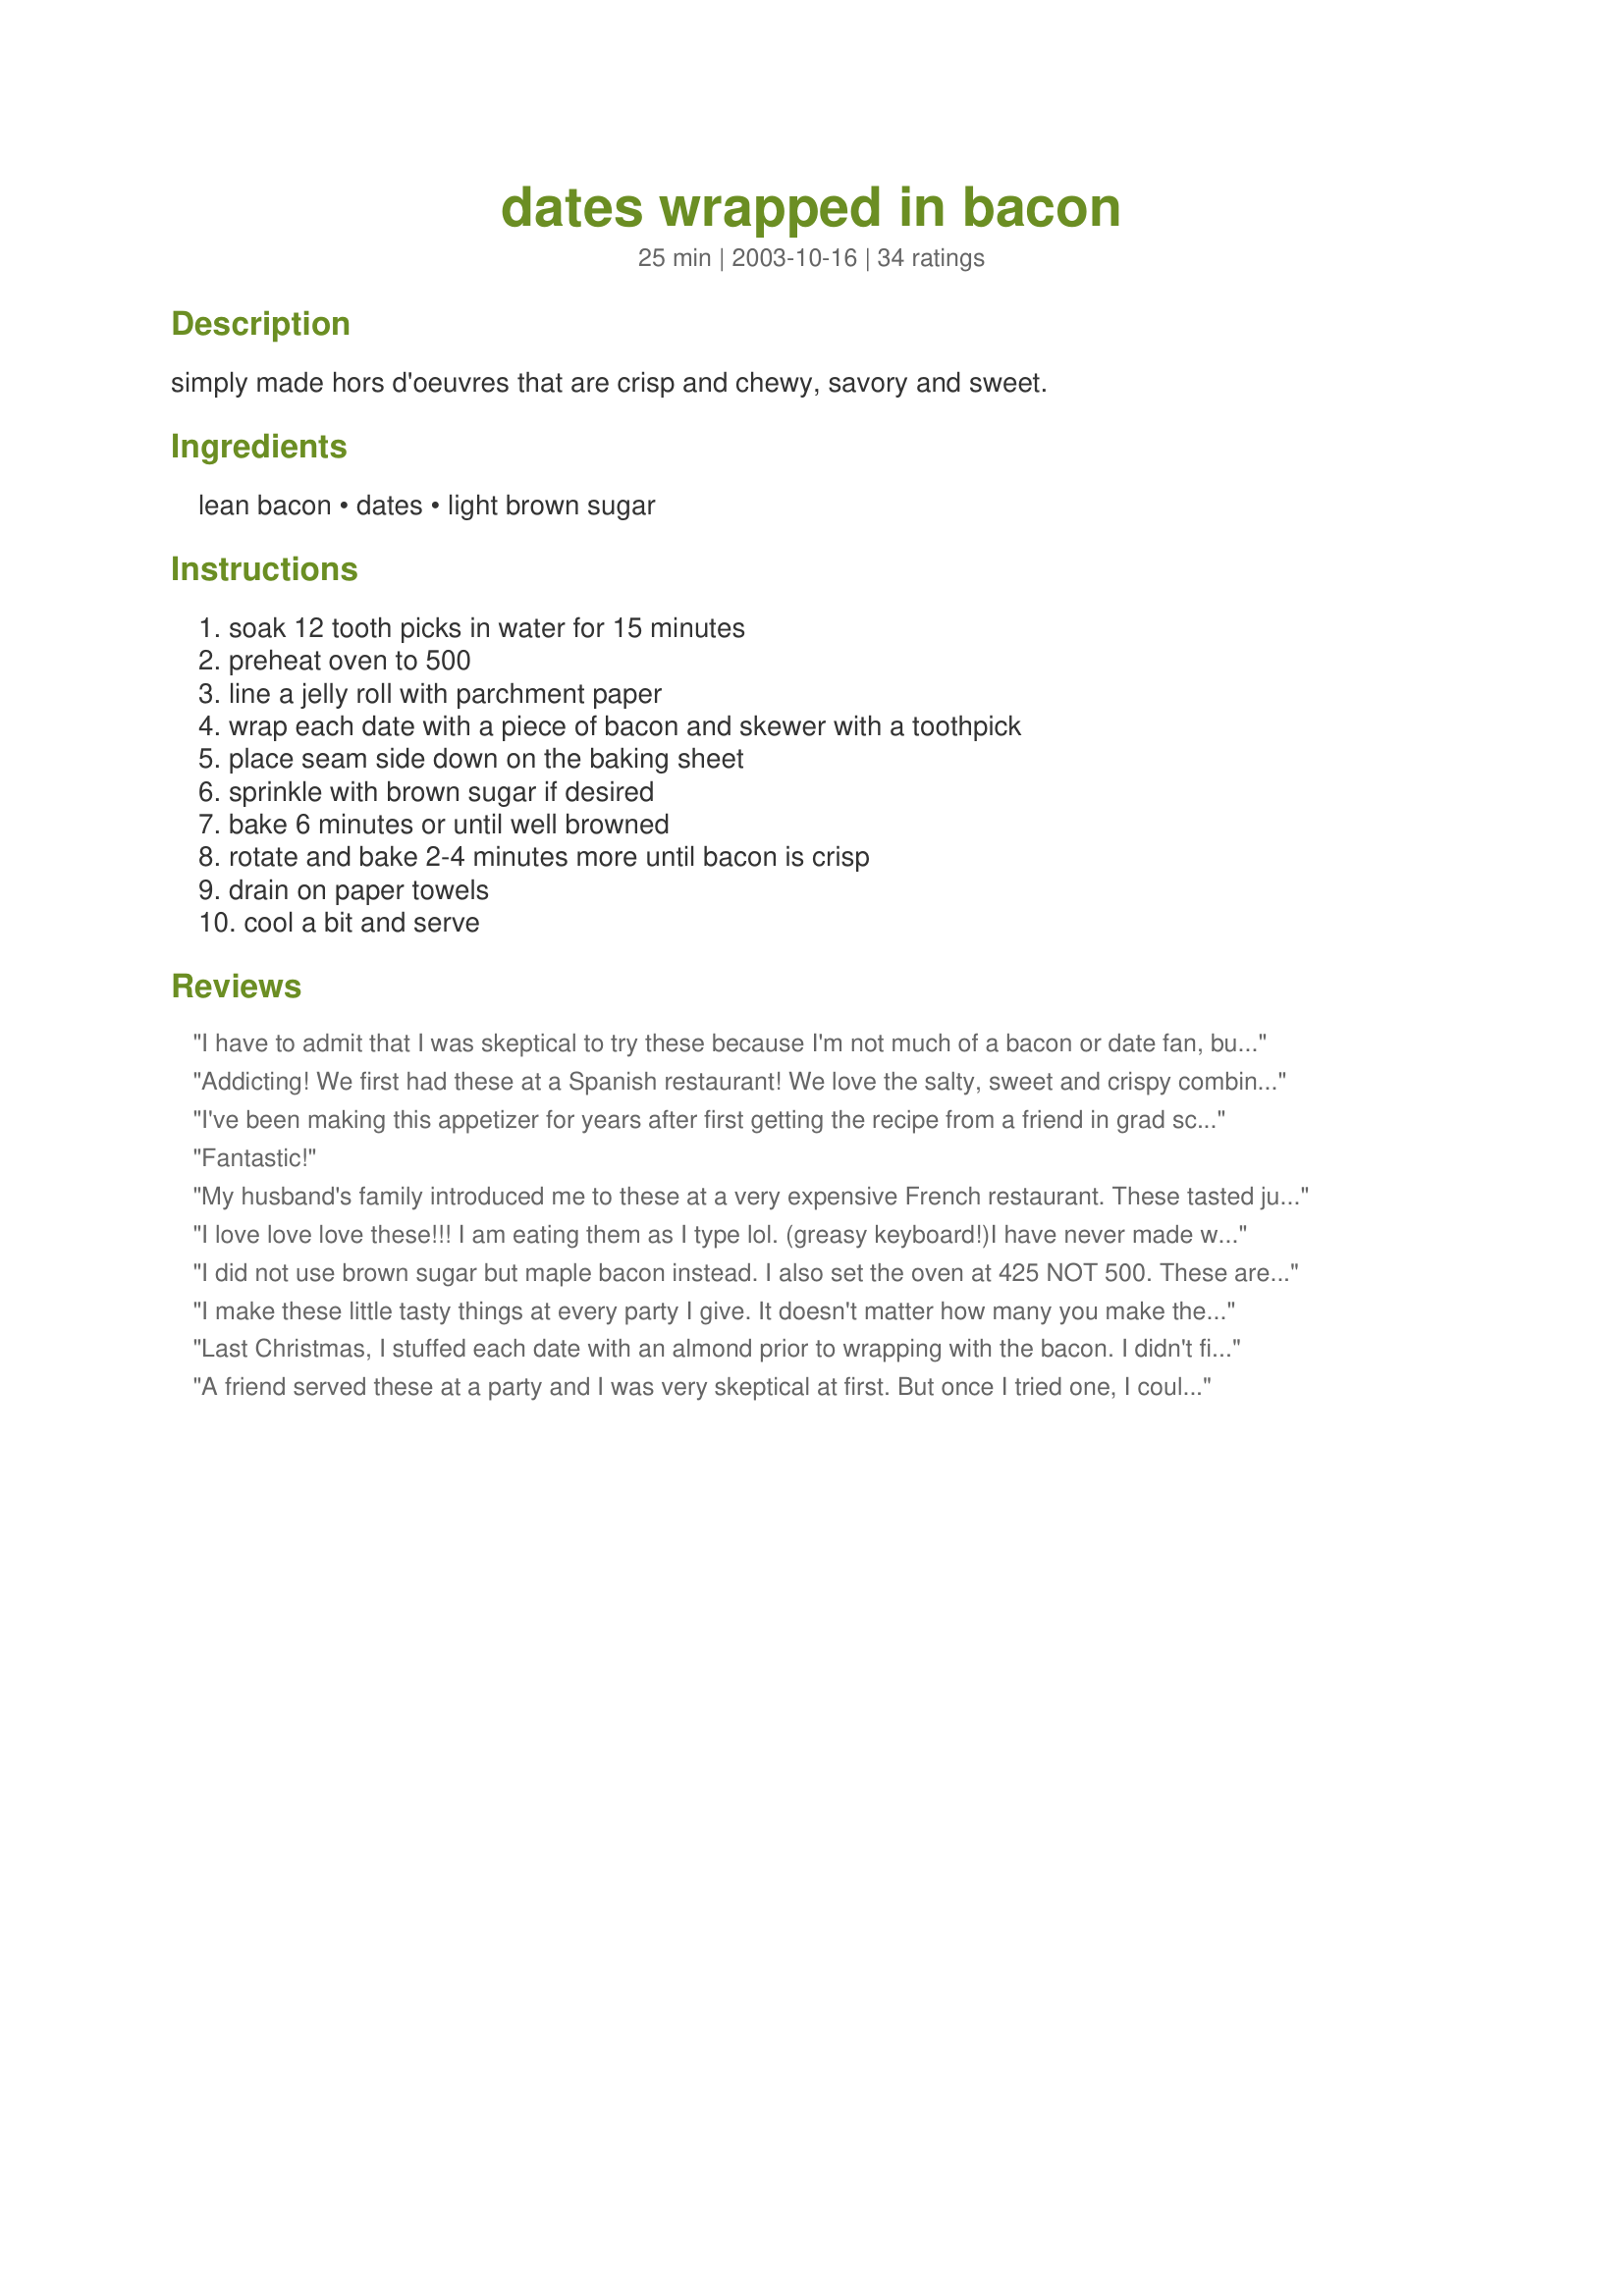
dates wrapped in bacon
Preparation time: 25 minutes

simply made hors d'oeuvres that are crisp and chewy, savory and sweet.

Ingredients:
lean bacon, dates, light brown sugar

Steps:
soak 12 tooth picks in water for 15 minutes, preheat oven to 500, line a jelly roll with parchment paper, wrap each date with a piece of bacon and skewer with a toothpick, place seam side down on the baking sheet, sprinkle with brown sugar if desired, bake 6 minutes or until well browned, rotate and bake 2-4 minutes more until bacon is crisp, drain on paper towels, cool a bit and serve

Reviews:
I have to admit that I was skeptical to try these because I'm not much of a bacon or date fan, but I helped a friend cater a wedding this weekend and she made these of course and I was so hungry I tried one--irresistable!! I can't wait to make them myself.
Addicting! We first had these at a Spanish restaurant! We love the salty, sweet and crispy combination! I baked them on a cookie cooling rack placed over a sheet pan to catch the drippings! So simple!
I've been making this appetizer for years after first getting the recipe from a friend in grad school. She taught me to make them a bit differently. We actually fry them in a skillet, using the toothpicks and a wooden spoon get all sides; first I fry the bottom and then on each side (toothpick horizontal to the skillet). I'll have the try the oven method sometime. Either way, excellent appetizer. They always go fast.
Fantastic!
My husband's family introduced me to these at a very expensive French restaurant. These tasted just like the ones we ate at the restaurant....Fantastic!
I love love love these!!! I am eating them as I type lol. 

(greasy keyboard!)I have never made with brown sugar- but that is something new for me to try.

I didnt have toothpicks so I just laid the seam down on the broiler pan and I cooked only 5 total minutes under broiler. Delish!
I did not use brown sugar but maple bacon instead. I also set the oven at 425 NOT 500. These are awesome!
I make these little tasty things at every party I give. It doesn't matter how many you make they always goChef 159864. I love them!!!!!!
Last Christmas, I stuffed each date with an almond prior to wrapping with the bacon. I didn't find it necessary to secure with a toothpick, as the bacon seals itself around the date. Even those who claimed to not like dates liked these appetizers.
A friend served these at a party and I was very skeptical at first. But once I tried one, I couldn't stop eating them!
OK, I feel fully qualified to rate this recipe as I've been making it and its prune sibling for the last 20 or so years for 'drinks' parties. They are simply fantastic little appetizers (either date or prune version), with the sweet, plump juiciness counterpointed by the smoky, crisp, slightly fatty bacon. I will have no party without them!
My DH was a little skeptical when I mentioned making this recipe but I just knew it was going to be a wining combo! We made a small sample batch with a little feta in some and others with a little brown sugar. The feta got a little lost so I will try another batch tonight with some jalapeno, and of course, some plain. These were so savory and smoky sweet at the same time you can't go wrong with this! Thanks , Sugarpea!
These are incredible, I've emade these for some time and add cheddar cheese slivers to the center of the dates before wrapping and baking! Everyone loves these!
Wow! Are these good. I made some up to nibble on before we went to dinner. Awesome! Nice sweet/salty mix. This is a definite keeper.
Great! I also wrap my dates with proscuitto... they're my Italian dates!
Very good! My only complaint was that the sugar stuck to the paper towels so I don't know how much stuck. I also stuffed mine with slivered almonds, brown sugar and butter but the dates are so sweet that I could have skipped the sugar.
Easy tasty appetizer! Had never heard of these dates and just happen to be in a health food store on weekend and lo and behold - MEDJOOL DATES. Had to experiment and quite enjoyed this meaty delicious date - could make a repeat appearance for a potluck birthday gathering next week.MMMM
I really liked this recipe. The main thing I need to give feedback is to use a rimmed baking sheet. The bacon grease fell off my sheet onto the oven heating element and caught on fire. Not what you want the house to smell like with guests coming over! I will be making these again WITH a rimmed sheet.
i love it is so good
My family loved these...and so do I! We substituted turkey bacon and they came out great. Thanks!
Great. Thanks for posting
These were a huge hit at our party last week! I don't think it is possible to make enough of these. They were gone so quickly! I will always make these for parties from now on! Thank you!!!
I love this recipe. Added about 1/4 teaspoon of cayenne to the brown sugar and coat the bacon wrapped date in it before baking. I also pre-cook the bacon for a few minutes in the microwave to remove a lot of the fat because I like my bacon crispy. I use a pan with a rack so the bacon grease falls off. Yummy.
These are wonderful. I found that I can bake them a little longer at 425 and get the same fabulous result without setting off the smoke alarms... :)
I LOVE these!!!! I stuff an almond in the center of the pitted date for an added bonus!!! Even my mom (who ISN't an adventurous eater) loves these!!!!
I'm from Montreal and I did once and everybody loves it. Now my family and friends do them for a quick eat break. Tks
Bacon wrapped dates- an absolute favorite of ours. Any time I have to take an appetizer, I take these. People are skeptical if they hear there are dates in them, but once they taste them, they're hooked. Some recipes for these don't include the brown sugar- that is a mistake... always do the brown sugar. I don't use lean bacon, I get the fresh bacon at the butcher shop. The longer you cook 'em, the crisper the bacon.
we made these for an event at school, (I'm in restaurant school) only instead of brown sugar we glazed them in hoisin sauce. So good. They are incredibly addictive! Be ready to eat a lot of them!
The first time I tasted one of them, I became hopelessly addicted! The ones I had were stuffed with whole almonds. Like Lay's potato chips, you can't just have one!
Oh my these are good. I made them for our Christmas Eve soup supper. My family really enjoyed these. The sweet chewy dates went so good with the salty crispy bacon. Yum, I want some now...lol.
I couldn't believe how good these were (past tense!) Excellent party appetizer...thank you...
We loved these! However, we prefered them with less bacon; I cut each slice into thirds instead of halves. Because it's less bacon, some of them came undone so if they're for show, I would use toothpicks. Also, next time, I will put them on cookie cooling racks set in a pan...otherwise, they're just too greasy. Really great though; I will be making these again!
So easy and delicious! Have tried it both with and without sugar, can't decide which I like best:-)
Loved this recipe! I used uncured low sodium center cut bacon and no sugar. A word of warning about using parchment paper - at 500F the paper will burn. Be careful not to let it flame. Next time I'll try using heavy duty foil. Also, I just placed them seam side down, no toothpicks necessary. I baked for 6 min, then turned the dates over and reduced the heat to 450 and baked for another 5 min. The bacon will continue to brown some more after you take it out. It was perfect with our beer, thank you!
